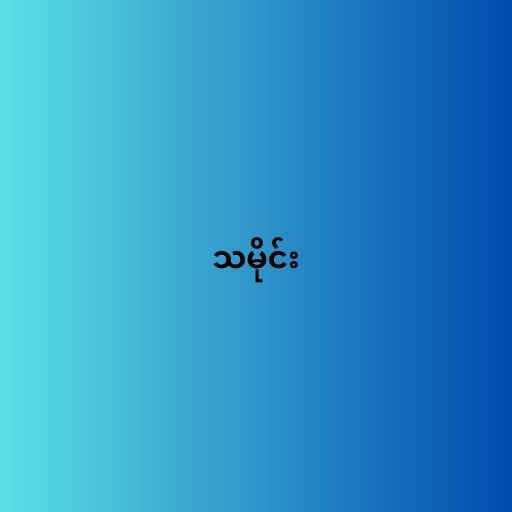
သမိုင်း